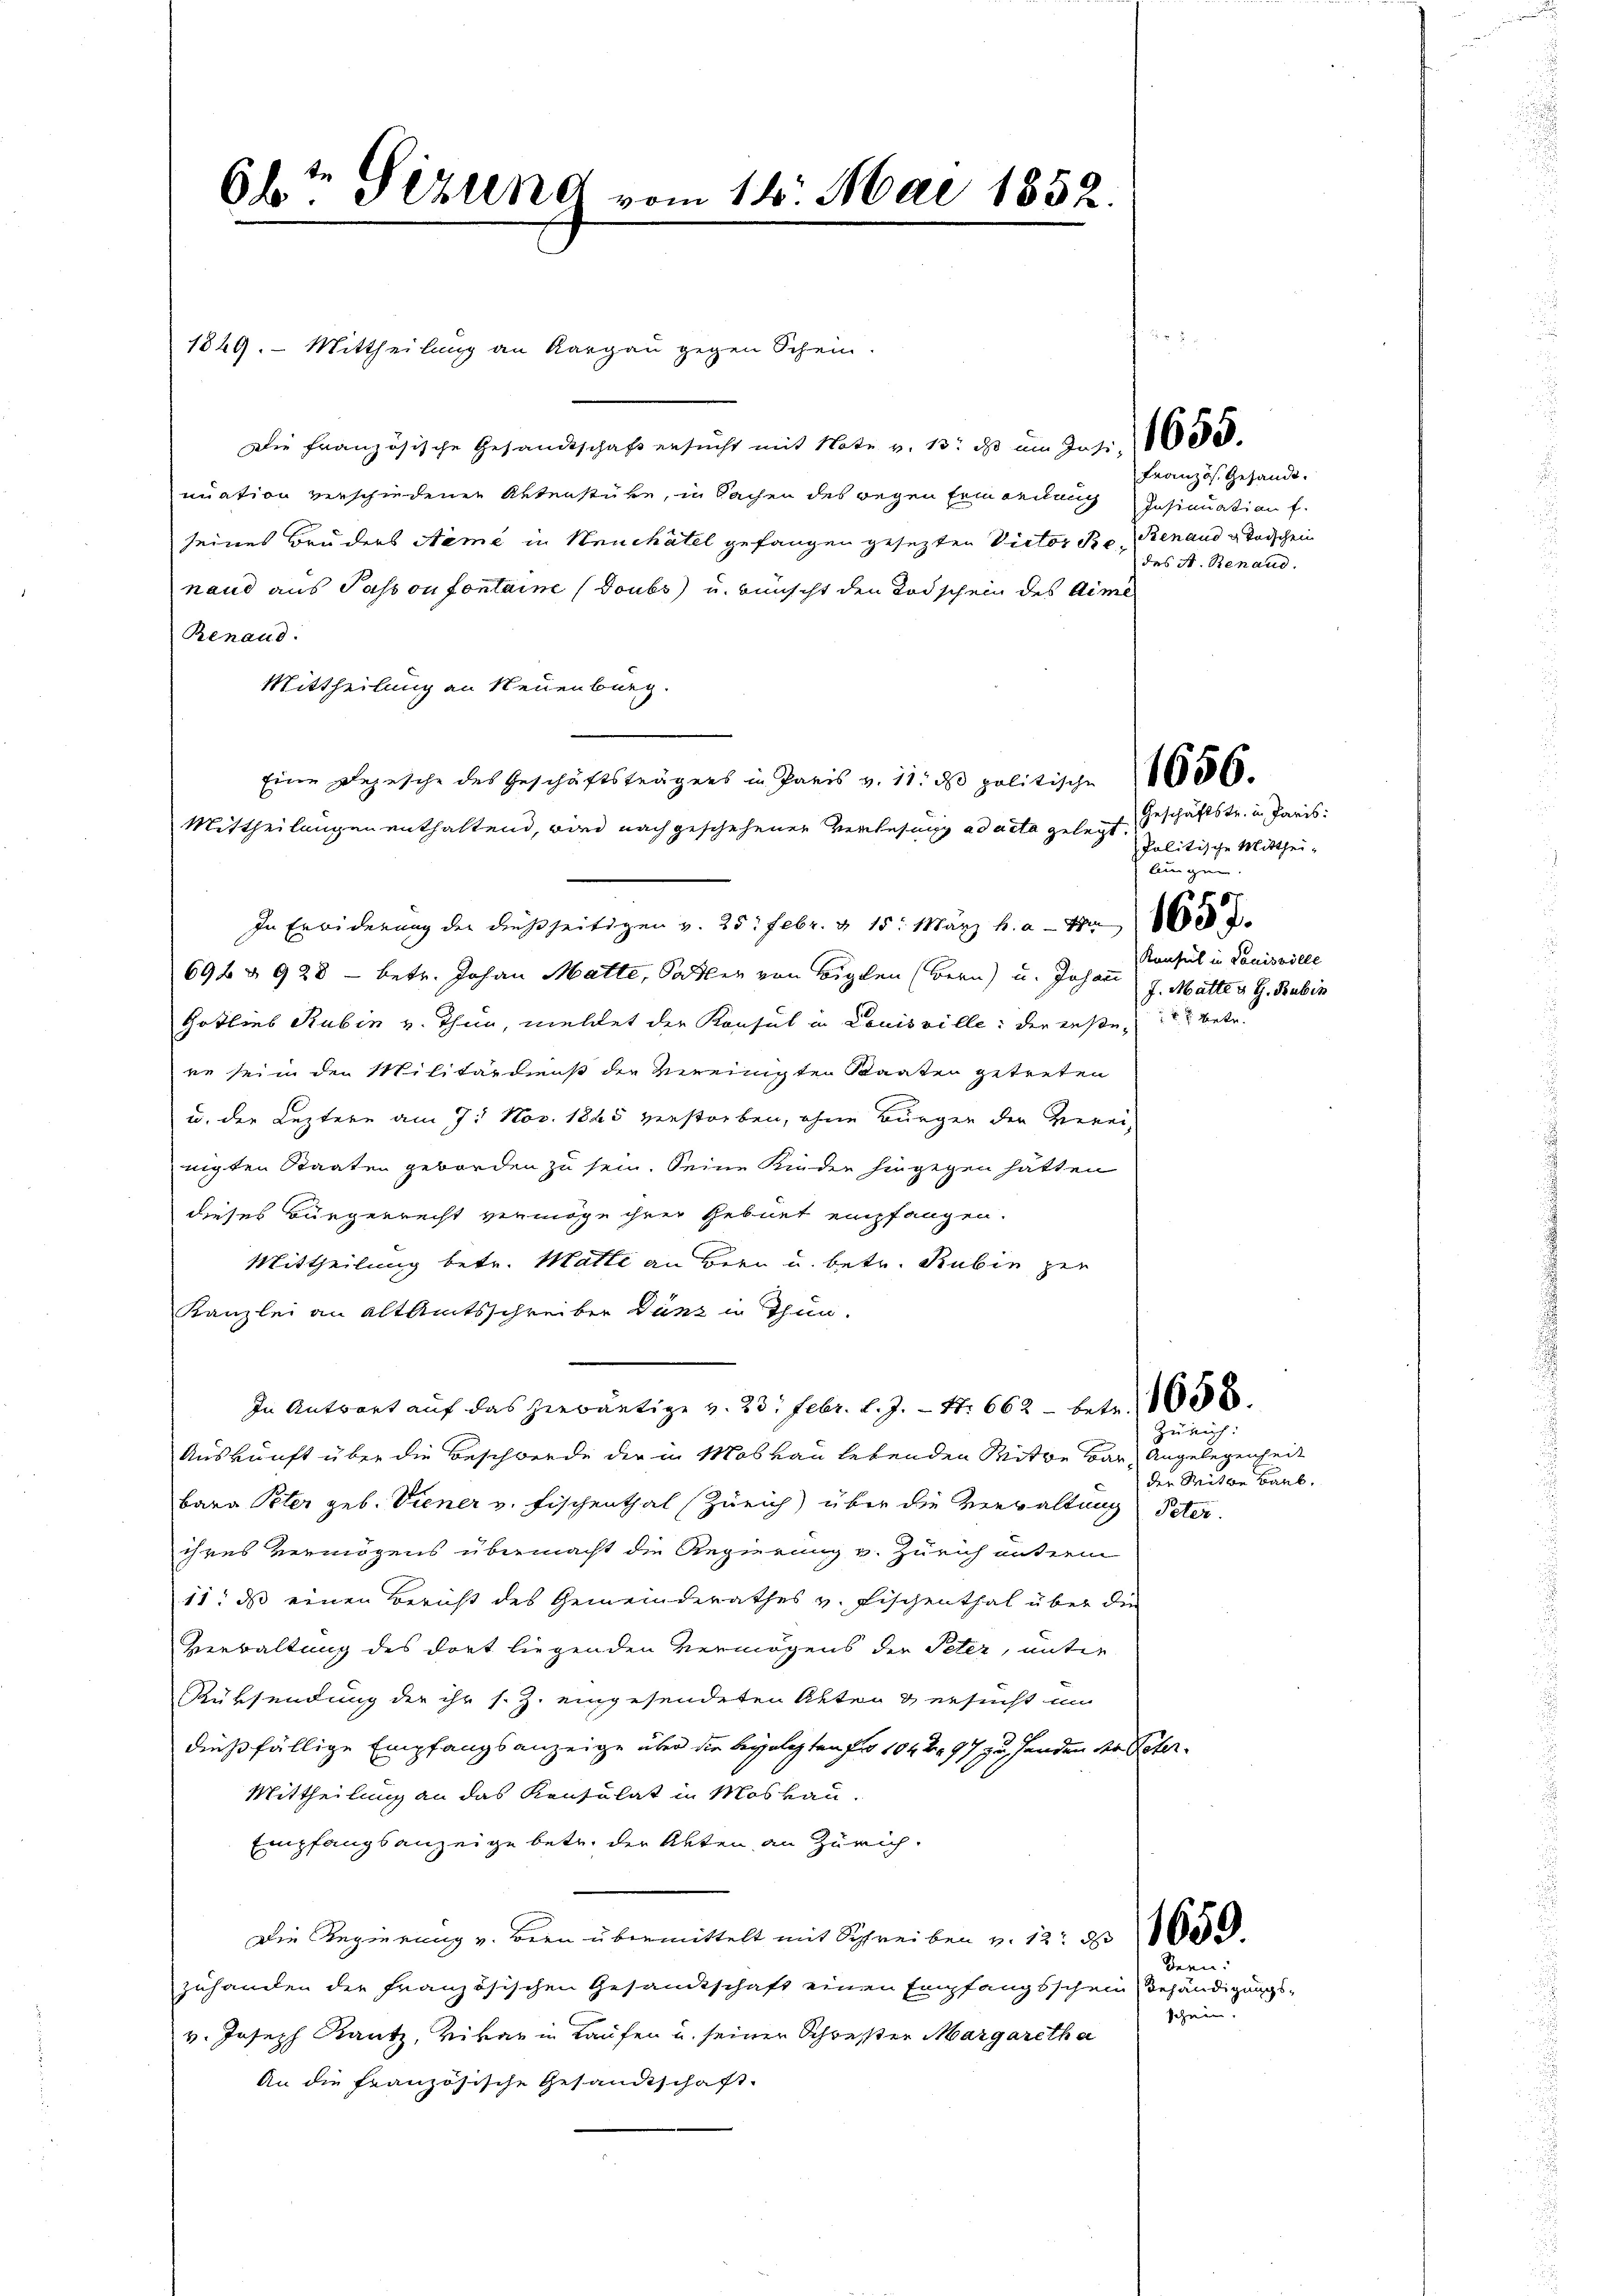
27
1829. Mittheilung an Kargau gegen Schein.
Die Französische Gesandtschaft ersucht mit Note v. 13. ds im Jasi, de
nuation verschiedenen Aktenstüke, in Sachen des wegen Ermordung Insinuation f.
seines Bruders Name in Neuchâtel gefangen gesezten Victor Be- Renaud u Todschein
nand aus Passon fontaine (Doubs) u. wünscht den Todschein des Arme
Renaud.
Mittheilung an Neuenburg

Mittheilungen enthaltend, wird nach geschehenen Verlesung ad acta gelegt, Geschäftstr. in Paris¬
In Erwiderung der dießseitigen v. 25. Febr. v. 15. März h. a. 48 x
694 & 928 - betr. Johann Matte, Saller von Eigen (Bern) u. Johann
Gotlieb Rubin v. Thun, meldet der Konsul in Louisville: der rese, betr.
ue sei in den Militärdienst der vereinigten Staaten getreten
u. der Leztere am 7. Nov. 1885 verstorben, ohne Bürger den Vereinigten Staaten geborden zu sein. Seine Kinder hingegen hätten
dieses Bürgerrecht vermöge ihrer Gebiet empfangen.
Mittheilung betr. Matte an Bern u. betr. Rubin ger
Kanzlei an alt Amtsschreiber Dunz in Thun.
In Antwort auf das herwärtige v. 23. Febr. l. J. - St. 662 - betr.
Auskunft über die Beschwerde der in Moskau lebenden Mitwe Bar Angelegenheit
bara Peter geb. Viener v. Fischenthal Zürich) über die Verwaltung Peter.
ihres Vermögens übermacht die Regierung v. Zürich unterm
11; das einen Bericht des Gemeinderathes v. Fischenthal über die
Verwaltung des dort liegenden Vermögens der Peter, unter
Rüksendung der ihr s. Z. eingesendeten Akten & ersucht im
dießfällige Empfangsanzeige über die beygelegten pro 1042 97 zu Handen der Peter¬
Mittheilung an das Konsulat in Moskau
Empfangsanzeige betr. der Akten an Zürich
Die Regierung v. Bern übermittelt mit Schreiben v. 12. 335.
zuhanden der Französischen Gesandtschaft einen Empfangsschein Behändigungsv. Joseph Rautz, Vikar in Laufen u. seiner Schreser Margaretha
An die französische Gesandtschaft.

66t Sizung vom 14. Mai 1852.

Eine Depesche des Geschäftsträgers in Paris v. 11. de politische 5500.

Französ. Gesandt.
des A. Renaud.

Politische Mittheilungen
Konsul in Louisville
J. Matte v. G. Bubin

Zürich:

der Seite Baub.

Bern:

schein.